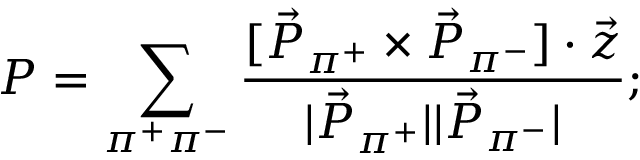
{ \cal P } = \sum _ { \pi ^ { + } \pi ^ { - } } \frac { [ \vec { P } _ { \pi ^ { + } } \times \vec { P } _ { \pi ^ { - } } ] \cdot \vec { z } } { | \vec { P } _ { \pi ^ { + } } | | \vec { P } _ { \pi ^ { - } } | } ;